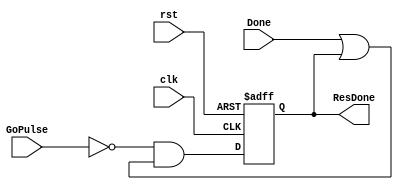
module factorial_done_reg(
    input wire rst,
    input wire clk,
    input wire Done,
    input wire GoPulse,
    output reg ResDone
); 

    always @ (posedge clk, posedge rst) begin
        if(rst) ResDone <= 1'b0;
        else ResDone <= (~GoPulse) & (Done | ResDone);
    end
endmodule